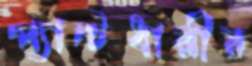
প্যান্টধারীর